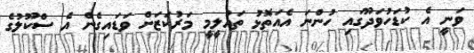
ވަނީ އެ ކުޑަހުވަދޫގައި ހުންނަ އެއަތޮޅު ތައުލީމީ މަރުކަޒަށް ވަޑައިގެން އެ ސްކޫލުގެ